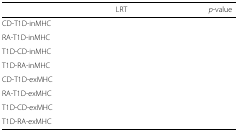
<table><thead><tr><td>[EMPTY_CELL]</td><td><b>LRT</b></td><td><b><i>p</i>-value</b></td></tr></thead><tbody><tr><td>CD-T1D-inMHC</td><td>[EMPTY_CELL]</td><td>[EMPTY_CELL]</td></tr><tr><td>RA-T1D-inMHC</td><td>[EMPTY_CELL]</td><td>[EMPTY_CELL]</td></tr><tr><td>T1D-CD-inMHC</td><td>[EMPTY_CELL]</td><td>[EMPTY_CELL]</td></tr><tr><td>T1D-RA-inMHC</td><td>[EMPTY_CELL]</td><td>[EMPTY_CELL]</td></tr><tr><td>CD-T1D-exMHC</td><td>[EMPTY_CELL]</td><td>[EMPTY_CELL]</td></tr><tr><td>RA-T1D-exMHC</td><td>[EMPTY_CELL]</td><td>[EMPTY_CELL]</td></tr><tr><td>T1D-CD-exMHC</td><td>[EMPTY_CELL]</td><td>[EMPTY_CELL]</td></tr><tr><td>T1D-RA-exMHC</td><td>[EMPTY_CELL]</td><td>[EMPTY_CELL]</td></tr></tbody></table>